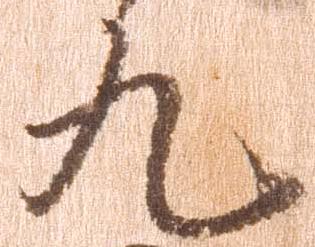
九